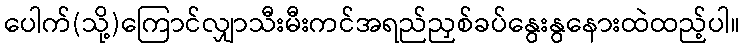
ပေါက်(သို့)ကြောင်လျှာသီးမီးကင်အရည်ညှစ်ခပ်နွေးနွနေားထဲထည့်ပါ။